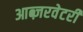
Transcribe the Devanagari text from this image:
आब्ज़रवेटरी